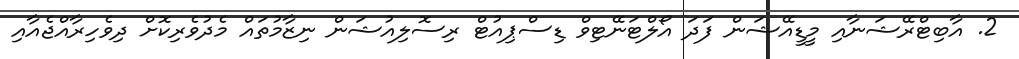
2. އާބިޓްރޭޝަނާއި މީޑީއޭޝަން ފަދަ އޯލްޓަނޭޓިވް ޑިސްޕިއުޓް ރިސޮލިއުޝަން ނިޒާމުތައް މެދުވެރިކޮށް ދިވެހިރާއްޖެއާއި